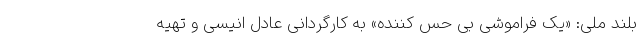
بلند ملی: «یک فراموشی بی حس کننده» به کارگردانی عادل انیسی و تهیه